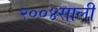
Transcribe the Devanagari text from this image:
२००४साली